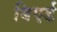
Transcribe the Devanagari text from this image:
बिएर्ड